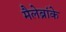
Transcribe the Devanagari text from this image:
मैलेब्रांके